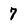
Character: 7